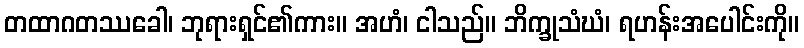
တထာဂတဿခေါ၊ ဘုရားရှင်၏ကား။ အဟံ၊ ငါသည်။ ဘိက္ခုသံဃံ၊ ရဟန်းအပေါင်းကို။